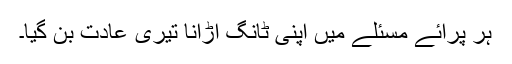
ہر پرائے مسئلے میں اپنی ٹانگ اڑانا تیری عادت بن گیا۔